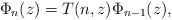
LaTeX: \begin{align*}\Phi_n(z)=T(n,z)\Phi_{n-1}(z),\end{align*}